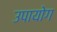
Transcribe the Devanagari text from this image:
उपायोग